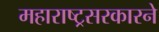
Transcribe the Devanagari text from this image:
महाराष्ट्रसरकारने